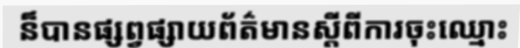
ន៏បានផ្សព្វផ្សាយព័ត៌មានស្តីពីការចុះឈ្មោះ